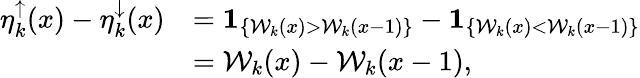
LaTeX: \begin{array}{rl}{\eta_{k}^{\uparrow}(x)-\eta_{k}^{\downarrow}(x)}&{=\mathbf{1}_{\{ \mathcal{W}_{k}(x)>\mathcal{W}_{k}(x-1)\} }-\mathbf{1}_{\{ \mathcal{W}_{k}(x)<\mathcal{W}_{k}(x-1)\} }}\\ &{=\mathcal{W}_{k}(x)-\mathcal{W}_{k}(x-1),}\end{array}